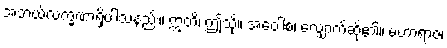
အဘယ်လက္ခဏာရှိပါသနည်း။ ဣတိ၊ ဤသို့။ အဝေါစ၊ လျှောက်ဆို၏။ မဟာရာဇ၊